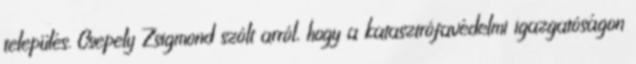
település. Csepely Zsigmond szólt arról, hogy a katasztrófavédelmi igazgatóságon